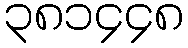
၃၈၁၄၄၈